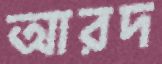
আরদ